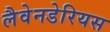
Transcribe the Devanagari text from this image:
लैवेनडेरियस